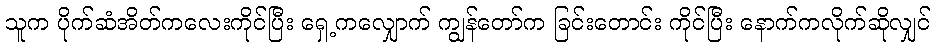
သူက ပိုက်ဆံအိတ်ကလေးကိုင်ပြီး ရှေ့ကလျှောက် ကျွန်တော်က ခြင်းတောင်း ကိုင်ပြီး နောက်ကလိုက်ဆိုလျှင်